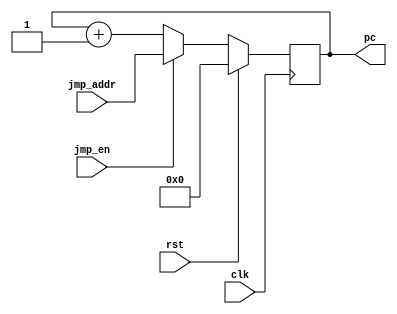
`timescale 1ns/1ps

module counter(clk, rst, jmp_en, jmp_addr, pc);
    input clk;
    input rst;
	input jmp_en;
	input [7:0] jmp_addr;

    output reg [7:0] pc;

    
    initial pc = 8'd0;    
    
    always @(negedge clk)
    begin
        if(rst == 1)
            pc <= 8'd0;
        else
        begin
            if(jmp_en == 1)
                pc <= jmp_addr;
            else
                pc <= pc + 1;
        end
    end
endmodule